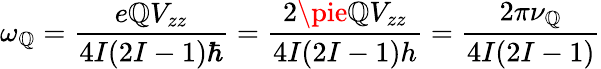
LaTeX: \omega_{\mathbb{Q}}={\frac{{e\mathbb{Q}V_{zz}}}{{4I(2I-1)\hbar}}}={\frac{{2\pie\mathbb{Q}V_{zz}}}{{4I(2I-1)h}}}={\frac{{2\pi\nu_{\mathbb{Q}}}}{{4I(2I-1)}}}